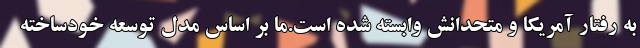
به رفتار آمریکا و متحدانش وابسته شده است.ما بر اساس مدل توسعه خودساخته